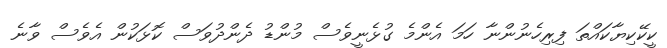
ކީކޭކިޔާކައްތަ ފިރިހެނުންނާ ހަމަ އެންމެ ގުޅެނީވެސް މުންޑު ދެންދުވަސް ކޮޅަކުން އެވެސް ވާނެ